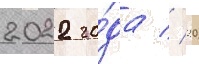
2022 го́да // 20